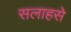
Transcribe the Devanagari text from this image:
सलाहसे